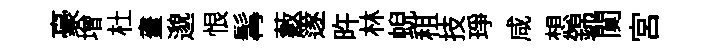
豪增杜畫邈恨髯藪篴旿林蜺租技琤咸想錦闃宫